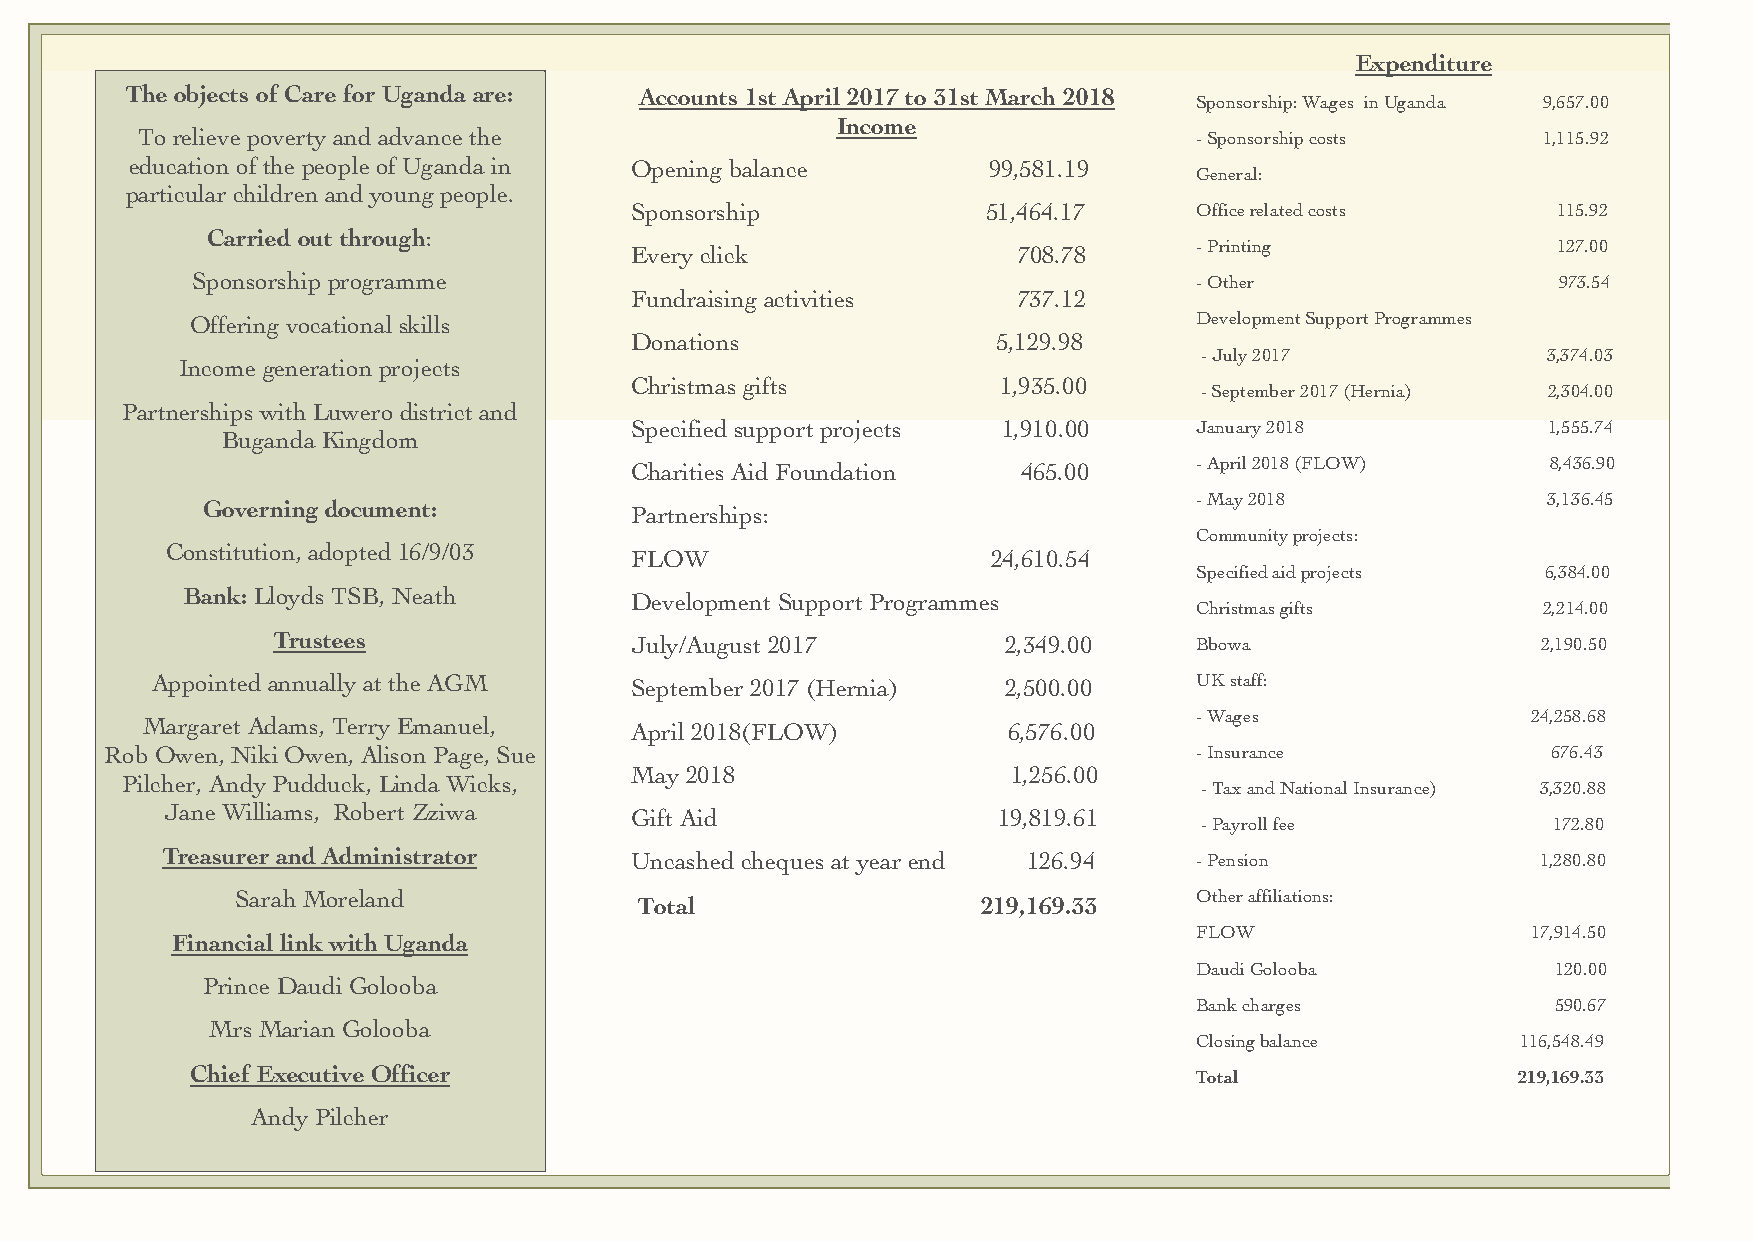
Expenditure
 The objects of Care for Uganda are: Accounts 1st April 2017 to 31st March 2018
 Sponsorship: Wages in Uganda 9,657.00
 Income
 To relieve poverty and advance the                                    -Sponsorship costs     1,115.92
 education of the people of Uganda in Opening balance    99,581.19
 Gen eral:
 particular children and young people.
 Sponsorship            51,464.17     Office related costs    115.92
 Carried out through:
 Every click              708.78      -Printing               127.00
 Sponsorship programme                                             -Other                  973.54
 Fundraising activities   737.12
 Offering vocational skills                                        Development Support Programmes
 Donations               5,129.98
 - July 2017            3,374.03
 Income generation projects
 Christmas gifts         1,935.00
 - September 2017 (Hernia) 2,304.00
 Partnerships with Luwero district and
 Specified support projects 1,910.00  January 2018           1,555.74
 Buganda Kingdom
 Charities Aid Foundation  465.00     - A p r i l 2 0 1 8 ( F L O W ) 8,436.90
 -May 2018              3,136.45
 Governing document:          Partnerships:
 Community projects:
 Constitution, adopted 16/9/03
 FLOW                    24,610.54
 Specified aid projects 6,384.00
 Bank: Lloyds TSB, Neath       Development Support Programmes
 Christmas gifts        2,214.00
 Trustees                July/August 2017         2,349.00    Bbowa                  2,190.50
 Appointed annually at the AGM   September 2017 (Hernia)  2,500.00    UK staff:
 -Wages                24,258.68
 Margaret Adams, Terry Emanuel,   April 2018(FLOW)         6,576.00
 Rob Owen, Niki Owen, Alison Page, Sue                                   -Insurance              676.43
 May 2018                 1,256.00
 Pilcher, Andy Pudduck, Linda Wicks,
 - Tax and National Insurance) 3,320.88
 Jane Williams, Robert Zziwa    Gift Aid                19,819.61
 - Payroll fee           172.80
 Treasurer and Administrator    Uncashed cheques at year end 126.94  - Pension              1,280.80
 Sarah Moreland                                                 Other affiliations:
 Total                  219,169.33
 FLOW                  17,914.50
 Financial link with Uganda
 Daudi Golooba           120.00
 Prince Daudi Golooba
 Bank charges            590.67
 Mrs Marian Golooba
 Closing balance       116,548.49
 Chief Executive Officer
 Total                219,169.33
 Andy Pilcher